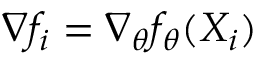
\nabla f _ { i } = \nabla _ { \theta } f _ { \theta } ( X _ { i } )